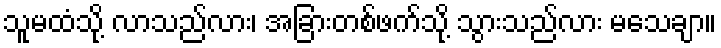
သူမထံသို့ လာသည်လား၊ အခြားတစ်ဖက်သို့ သွားသည်လား မသေချာ။